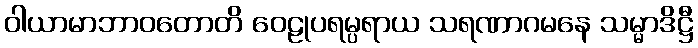
ဝါယာမာဘာဝတောတိ ဝေဠုပရမ္ပရာယ သရဏာဂမနေ သမ္မာဒိဋ္ဌီ